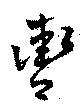
轡